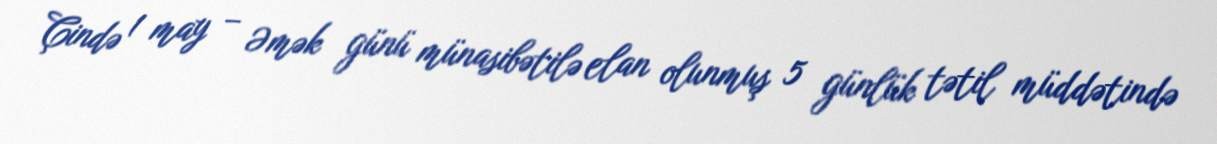
Çində 1 may – Əmək günü münasibətilə elan olunmuş 5 günlük tətil müddətində